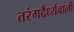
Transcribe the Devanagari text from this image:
तरंगदैर्ध्यवाली